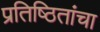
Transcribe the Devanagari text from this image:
प्रतिष्ठितांचा